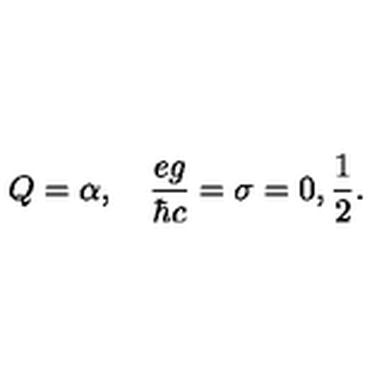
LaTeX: Q = { \alpha } , \quad \frac { e g } { \hbar c } = \sigma = 0 , \frac { 1 } { 2 } .